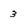
Character: 3